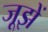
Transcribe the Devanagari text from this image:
जूझें